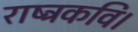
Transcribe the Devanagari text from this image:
राष्ट्रकवि।